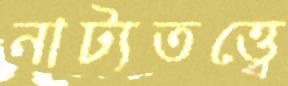
নাট্যতত্ত্বে